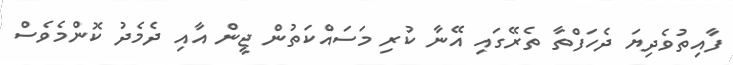
ފާއިތުވެދިޔަ ދެހަފްތާ ތެރޭގައި އޭނާ ކުރި މަސައްކަތުން ޖީން އާއި ދެމެދު ކޮންމެވެސް